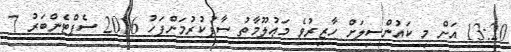
13:20 އަށް މި ކައުންސިލަށް ހާޒިރުވެ މަޢުލޫމާތު ސާފުކުރުމަށްފަހު 2016 ސެޕްޓެންބަރު 7